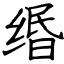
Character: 缗